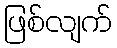
ဖြစ်လျက်